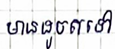
មានដូចតទៅ